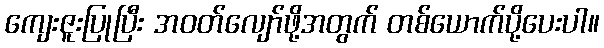
ကျေးဇူးပြုပြီး အဝတ်လျော်ဖို့အတွက် တစ်ယောက်ပို့ပေးပါ။